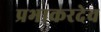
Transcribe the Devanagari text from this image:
प्रभाकरदेव